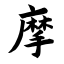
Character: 摩